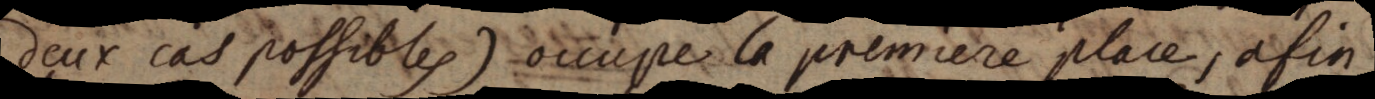
deux cas possibles) occupe la premiere place, afin